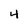
Character: 4